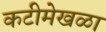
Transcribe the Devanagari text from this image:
कटीमेखळा